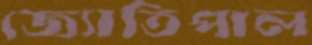
জ্যোতিপাল